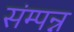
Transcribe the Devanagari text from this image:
संम्पन्न